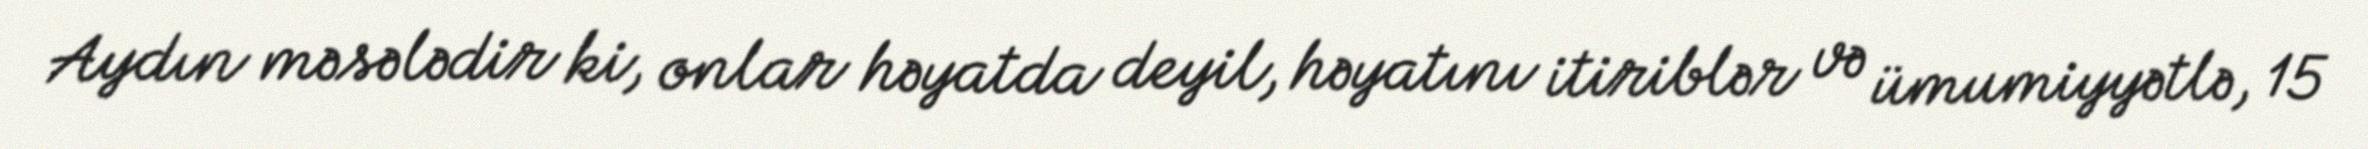
Aydın məsələdir ki, onlar həyatda deyil, həyatını itiriblər və ümumiyyətlə, 15